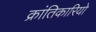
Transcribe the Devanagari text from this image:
क्रांतिकारियो